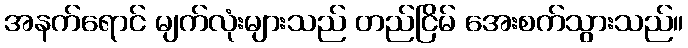
အနက်ရောင် မျက်လုံးများသည် တည်ငြိမ် အေးစက်သွားသည်။